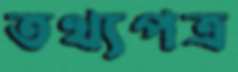
তথ্যপত্র